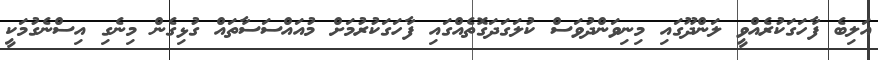
އަލިބެ ފާހަގަކުރެއްވީ ލަންދޫގައި މިނިވަންދުވަސް ކުލަގަދަގޮތެއްގައި ފާހަގަކުރުމަށް މުއައްސަސާތައް ގުޅިގެން މިނެގި އިސްނެގުމަކީ